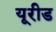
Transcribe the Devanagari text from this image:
यूरीड